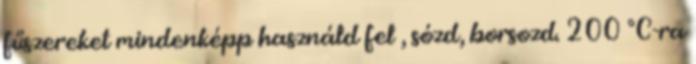
fűszereket mindenképp használd fel , sózd, borsozd. 200 °C-ra